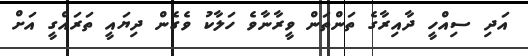
އަދި ސިއްހީ ދާއިރާގެ ތަންތަން ވީރާނާވެ ހަލާކު ވެގެން ދިޔައީ ތަރައްގީ އަށް